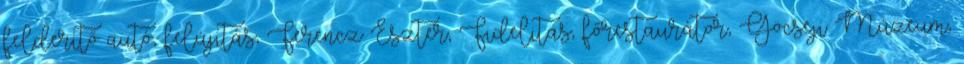
felderítő autó, felújítás, Ferencz Eszter, Fidelitas, főrestaurátor, Göcseji Múzeum,